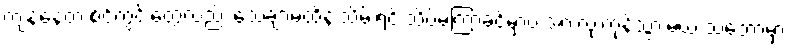
ကျန်နေတဲ့ စင့်ကွင်းတွေလည်း သေချာမထိန်းသိမ်းရင် သိပ်မကြာခင်မှာပဲ အားလုံးကုန်သွားမယ့် သဘောမှာ